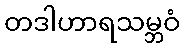
တဒါဟာရသမ္ဘဝံ